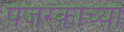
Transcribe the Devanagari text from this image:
पेजरँकांच्या